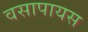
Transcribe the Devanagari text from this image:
वसापायस